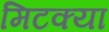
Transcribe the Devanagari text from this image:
मिटक्या